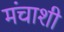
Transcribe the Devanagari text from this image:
मंचाशी